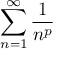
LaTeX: \sum _ { n = 1 } ^ { \infty } { \frac { 1 } { n ^ { p } } }